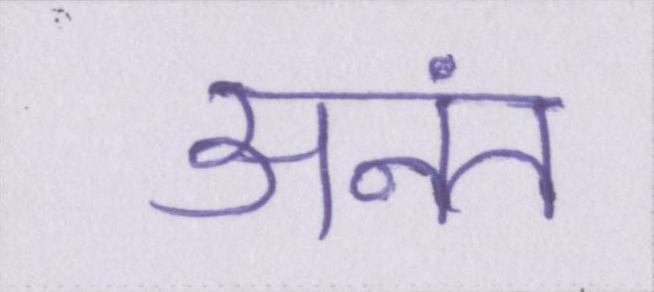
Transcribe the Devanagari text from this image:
अनंत